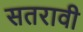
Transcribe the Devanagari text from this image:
सतरावी